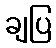
ချပြ